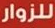
للزوار